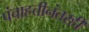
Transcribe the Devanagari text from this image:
पंचाहत्तीनंतरही